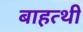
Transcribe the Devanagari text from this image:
बाहत्थी